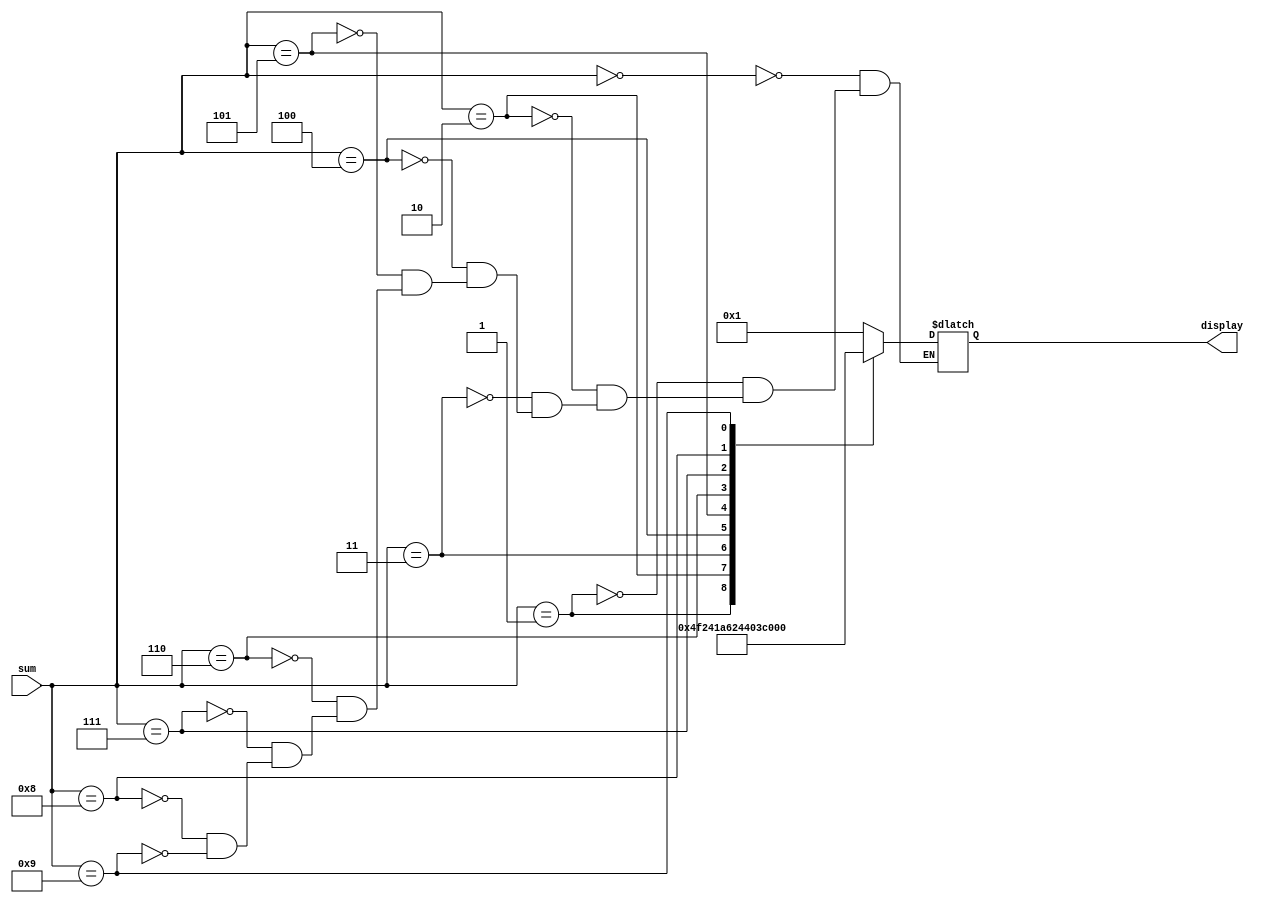
`timescale 1ns / 1ps
//////////////////////////////////////////////////////////////////////////////////
// Company: 
// Engineer: 
// 
// Design Name: 
// Module Name: seven_seg
// Project Name: 
// Target Devices: 
// Tool Versions: 
// Description: 
// 
// Dependencies: 
// 
// Revision:
// Revision 0.01 - File Created
// Additional Comments:
// 
//////////////////////////////////////////////////////////////////////////////////


module seven_seg(
    input [3:0] sum,
    output reg [6:0] display
);
always @(sum)
begin 
case(sum)
    4'b0000: display = 7'b0000001; //0
    4'b0001: display = 7'b1001111; //1
    4'b0010: display = 7'b0010010; //2
    4'b0011: display = 7'b0000110; //3
    4'b0100: display = 7'b1001100; //4
    4'b0101: display = 7'b0100100; //5
    4'b0110: display = 7'b0100000; //6
    4'b0111: display = 7'b0001111; //7
    4'b1000: display = 7'b0000000; //8
    4'b1001: display = 7'b0000100; //9
endcase
end

endmodule